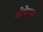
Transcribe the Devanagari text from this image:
स्टेफेनस